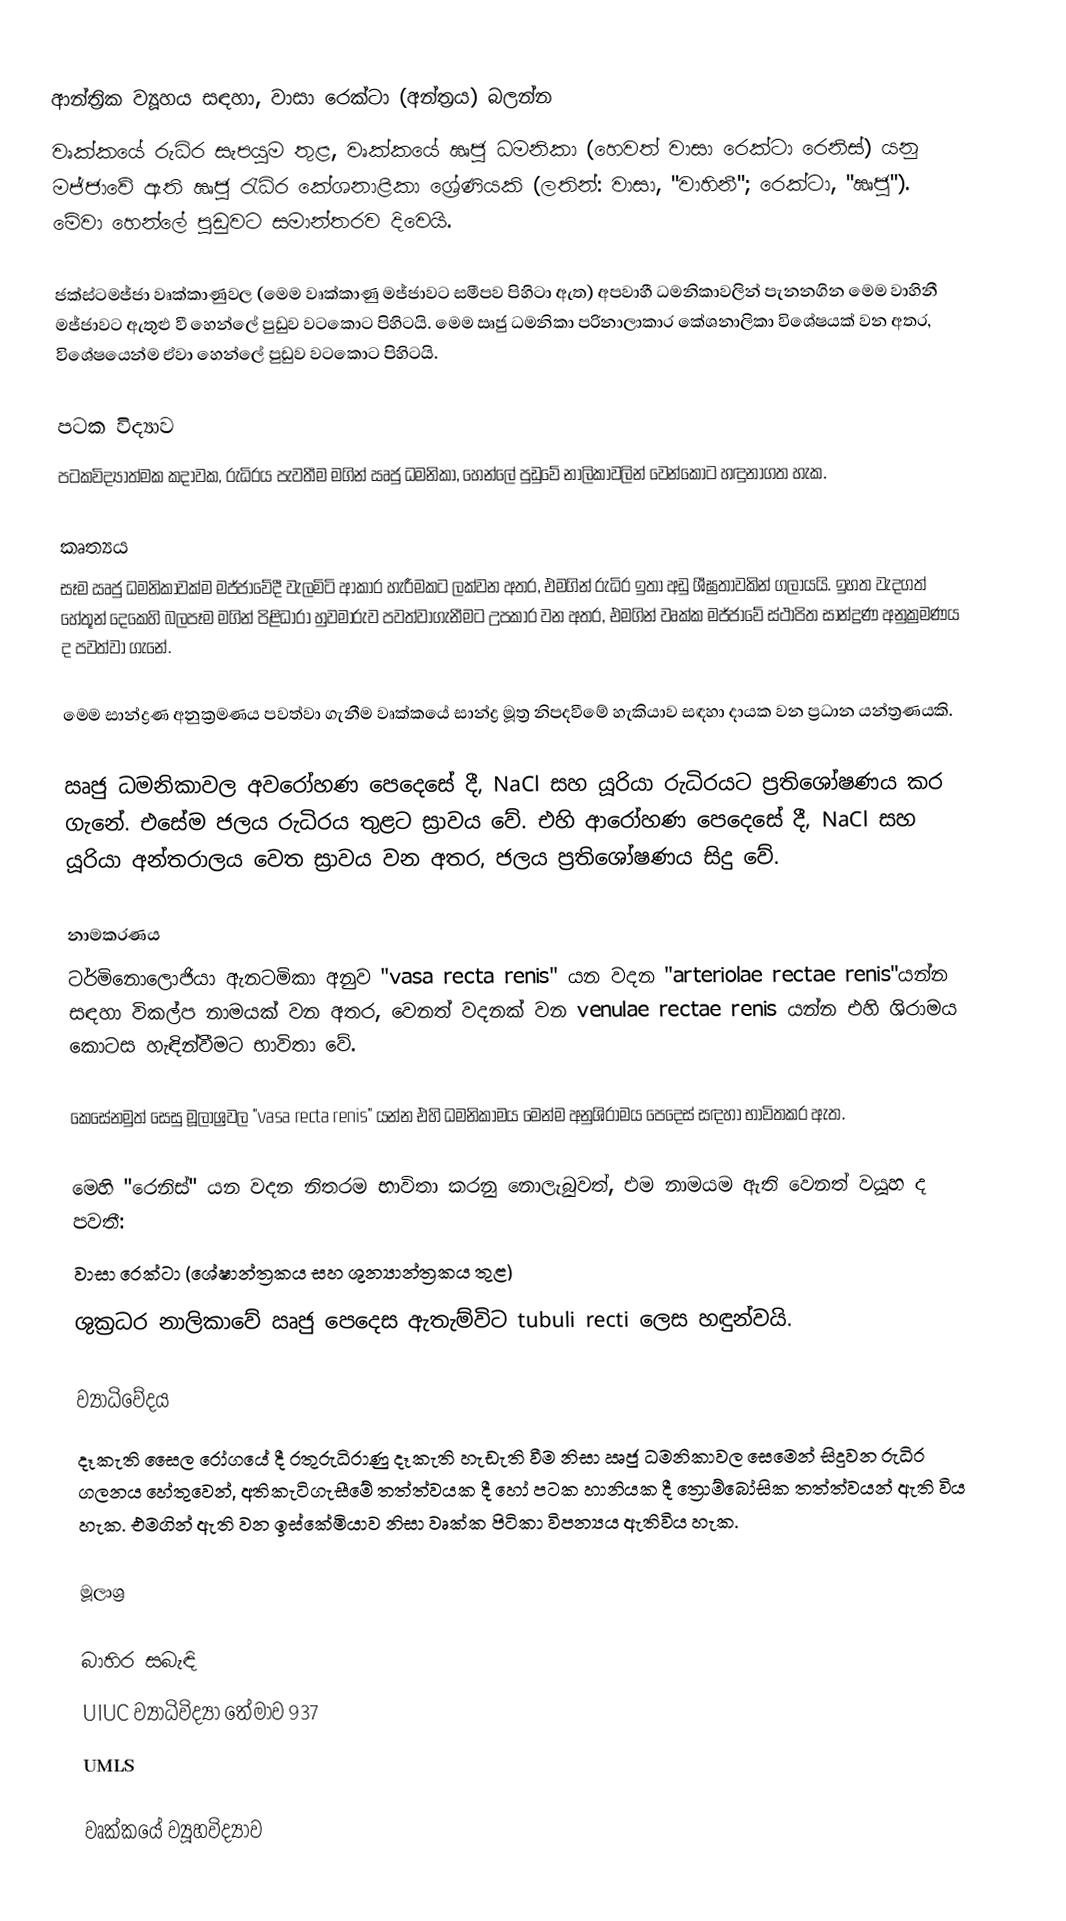
ආන්ත්‍රික ව්‍යූහය සඳහා, වාසා රෙක්ටා (අන්ත්‍රය) බලන්න
වෘක්කයේ රුධිර සැපයුම තුළ, වෘක්කයේ ඍජු ධමනිකා (හෙවත් වාසා රෙක්ටා රෙනිස්) යනු මජ්ජාවේ ඇති ඍජු රැධිර කේශනාළිකා ශ්‍රේණියකි (ලතින්: වාසා, "වාහිනී"; රෙක්ටා, "ඍජු"). මේවා හෙන්ලේ පුඩුවට සමාන්තරව දිවෙයි.

ජක්ස්ටමජ්ජා වෘක්කාණුවල (මෙම වෘක්කාණු මජ්ජාවට සමීපව පිහිටා ඇත) අපවාහී ධමනිකාවලින් පැනනගින මෙම වාහිනී මජ්ජාවට ඇතුළු වී හෙන්ලේ පුඩුව වටකොට පිහිටයි. මෙම ඍජු ධමනිකා පරිනාලාකාර කේශනාලිකා විශේෂයක් වන අතර, විශේෂයෙන්ම ඒවා හෙන්ලේ පුඩුව වටකොට පිහිටයි.

පටක විද්‍යාව
පටකවිද්‍යාත්මක කදාවක, රුධිරය පැවතීම මගින් ඍජු ධමනිකා, හෙන්ලේ පුඩුවේ නාලිකාවලින් වෙන්කොට හඳුනාගත හැක.

කෘත්‍යය
සෑම ඍජු ධමනිකාවක්ම මජ්ජාවේදී වැලමිටි ආකාර හැරීමකට ලක්වන අතර, එමගින් රුධිර ඉතා අඩු ශීඝ්‍රතාවකින් ගලායයි. ඉහත වැදගත් හේතූන් දෙකෙහි බලපෑම මගින් පිළිධාරා හුවමාරුව පවත්වාගැනීමට උපකාර වන අතර, එමගින් වෘක්ක මජ්ජාවේ ස්ථාපිත සාන්ද්‍රණ අනුක්‍රමණය ද පවත්වා ගැනේ.

මෙම සාන්ද්‍රණ අනුක්‍රමණය පවත්වා ගැනීම වෘක්කයේ සාන්ද්‍ර මූත්‍ර නිපදවීමේ හැකියාව සඳහා දායක වන ප්‍රධාන යන්ත්‍රණයකි.

ඍජු ධමනිකාවල අවරෝහණ පෙදෙසේ දී, NaCl සහ යූරියා රුධිරයට ප්‍රතිශෝෂණය කර ගැනේ. එ‍සේම ජලය රුධිරය තුළට ස්‍රාවය‍ වේ. එහි ආරෝහණ පෙදෙසේ දී, NaCl සහ යූරියා අන්තරාලය වෙත ස්‍රාවය වන අතර, ජලය ප්‍රතිශෝෂණය සිදු වේ.

නාමකරණය
ටර්මිනොලොජියා ඇනටමිකා අනුව "vasa recta renis" යන වදන "arteriolae rectae renis"යන්න සඳහා විකල්ප නාමයක් වන අතර, වෙනත් වදනක් වන venulae rectae renis යන්න එහි ශිරාමය කොටස හැඳින්වීමට භාවිතා වේ.

කෙසේනමුත් සෙසු මූලාශ්‍රවල "vasa recta renis" යන්න එහි ධමනිකාමය මෙන්ම අනුශිරාමය පෙදෙස් සඳහා භාවිතකර ඇත.

මෙහි "රෙනිස්" යන වදන නිතරම භාවිතා කරනු නොලැබුවත්, එම නාමයම ඇති වෙනත් වයූහ ද පවතී:
  වාසා රෙක්ටා (ශේෂාන්ත්‍රකය සහ ශුන්‍යාන්ත්‍රකය තුළ)
 ශුක්‍රධර නාලිකාවේ ඍජු පෙදෙස ඇතැම්විට tubuli recti ලෙස හඳුන්වයි.

ව්‍යාධිවේදය
දෑකැති සෛල රෝගයේ දී රතුරුධිරාණු දෑකැති හැඩැති වීම නිසා ඍජු ධමනිකාවල සෙමෙන් සිදුවන රුධිර ගලනය හේතුවෙන්, අතිකැටිගැසීමේ තත්ත්වයක දී හෝ පටක හානියක දී ත්‍රොම්බෝසික තත්ත්වයන් ඇති විය හැක. එමගින් ඇති වන ඉස්කේමියාව නිසා වෘක්ක පිටිකා විපන්‍යය ඇතිවිය හැක.

මූලාශ්‍ර

බාහිර සබැඳි
 UIUC ව්‍යාධිවිද්‍යා තේමාව 937
 UMLS

වෘක්කයේ ව්‍යූහවිද්‍යාව